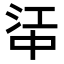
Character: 𬻶